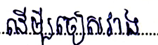
ដើម្បីចៀសរាង